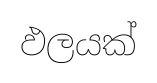
ඵලයක්